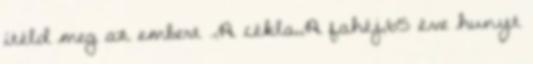
ítéld meg az embert .,A cékla,,A fahéj,65 éve hunyt